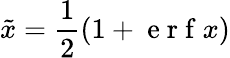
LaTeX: \tilde{x}=\frac{1}{2}\left(1+\mathrm{~e~r~f~}{x}\right)